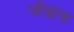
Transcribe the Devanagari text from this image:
जेऊन